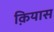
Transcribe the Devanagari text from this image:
क़ियास